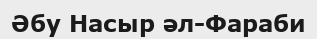
Әбу Насыр әл-Фараби